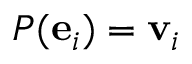
P ( \mathbf { e } _ { i } ) = \mathbf { v } _ { i }